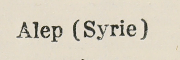
Alep (Syrie)